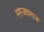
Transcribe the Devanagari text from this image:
मगजधराज